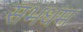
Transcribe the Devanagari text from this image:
सभधम